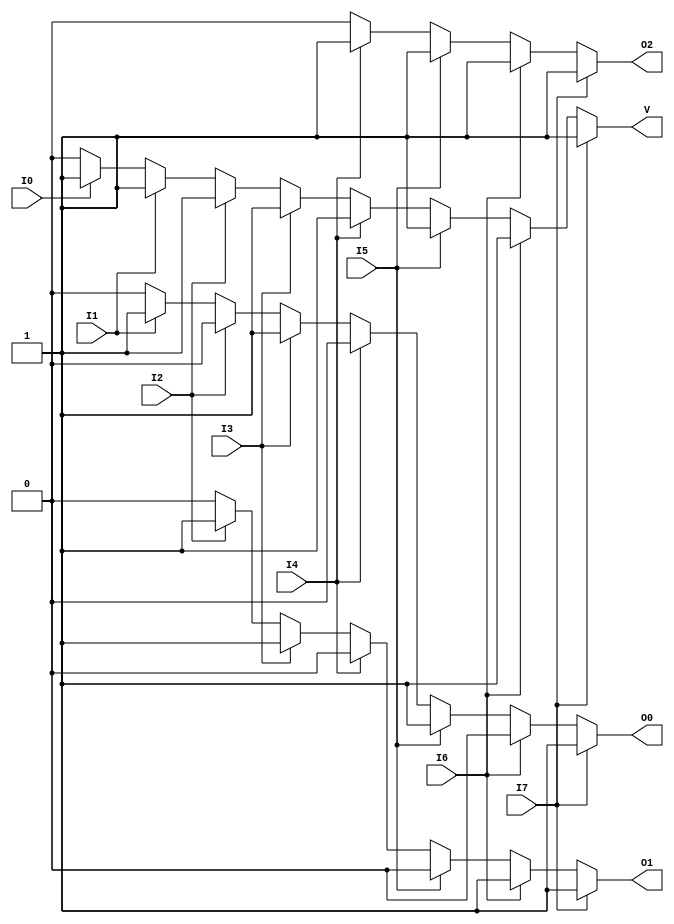
module encoder_8_to_3 (
    input wire I0, I1, I2, I3, I4, I5, I6, I7,  // 8 single-bit inputs
    output reg O2, O1, O0,                     // 3-bit output
    output reg V                               // Valid output
);

always @(*) begin
    // Default outputs
    O2 = 1'b0;
    O1 = 1'b0;
    O0 = 1'b0;
    V = 1'b0;

    // Check inputs from I7 to I0 for priority encoding
    if (I7) begin
        O2 = 1'b1; O1 = 1'b1; O0 = 1'b1; V = 1'b1;
    end else if (I6) begin
        O2 = 1'b1; O1 = 1'b1; O0 = 1'b0; V = 1'b1;
    end else if (I5) begin
        O2 = 1'b1; O1 = 1'b0; O0 = 1'b1; V = 1'b1;
    end else if (I4) begin
        O2 = 1'b1; O1 = 1'b0; O0 = 1'b0; V = 1'b1;
    end else if (I3) begin
        O2 = 1'b0; O1 = 1'b1; O0 = 1'b1; V = 1'b1;
    end else if (I2) begin
        O2 = 1'b0; O1 = 1'b1; O0 = 1'b0; V = 1'b1;
    end else if (I1) begin
        O2 = 1'b0; O1 = 1'b0; O0 = 1'b1; V = 1'b1;
    end else if (I0) begin
        O2 = 1'b0; O1 = 1'b0; O0 = 1'b0; V = 1'b1;
    end else begin
        // If no input is active, V is 0 and outputs can be set to low
        V = 1'b0; // This indicates no active input
    end
end

endmodule